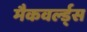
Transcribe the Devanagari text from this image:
मैकवर्ल्ड्स